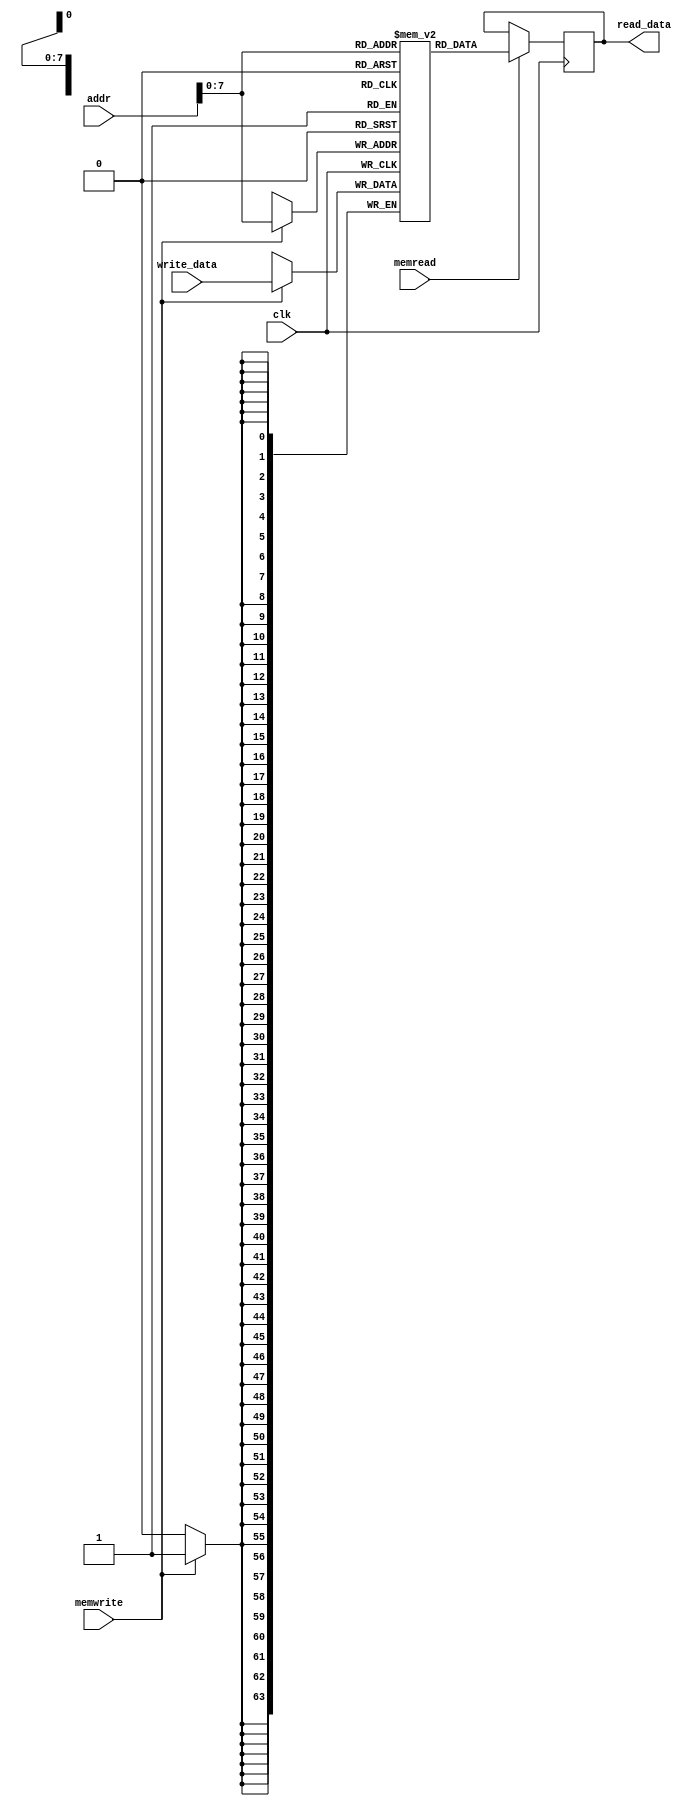
module data_memory (
input wire [63:0] addr,          
input wire [63:0] write_data,    
input wire memwrite, memread,
input wire clk,                  
output reg [63:0] read_data      
);

reg [63:0] MEMO[0:255]; 


integer i;

initial begin
  read_data <= 0;
  for (i = 0; i < 256; i = i + 1) begin
    MEMO[i] = i;
  end
end


always @(posedge clk) begin
  if (memwrite == 1'b1) begin
    MEMO[addr] <= write_data;
  end

  if (memread == 1'b1) begin
    read_data <= MEMO[addr];
  end
end

endmodule